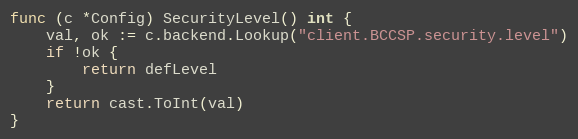
Language: Go
func (c *Config) SecurityLevel() int {
	val, ok := c.backend.Lookup("client.BCCSP.security.level")
	if !ok {
		return defLevel
	}
	return cast.ToInt(val)
}